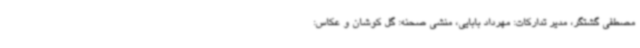
مصطفی گشتگر، مدیر تدارکات: مهرداد بابایی، منشی صحنه: گل کوشان و عکاس: